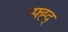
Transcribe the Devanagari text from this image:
म्फ्ह्द्